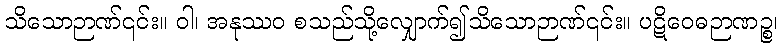
သိသောဉာဏ်၎င်း။ ဝါ၊ အနုဿဝ စသည်သို့လျှောက်၍သိသောဉာဏ်၎င်း။ ပဋိဝေဓဉာဏဉ္စ၊